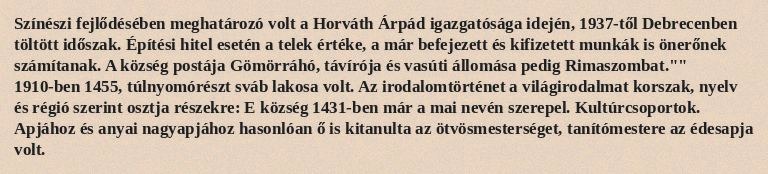
Színészi fejlődésében meghatározó volt a Horváth Árpád igazgatósága idején, 1937-től Debrecenben töltött időszak. Építési hitel esetén a telek értéke, a már befejezett és kifizetett munkák is önerőnek számítanak. A község postája Gömörráhó, távírója és vasúti állomása pedig Rimaszombat."" 1910-ben 1455, túlnyomórészt sváb lakosa volt. Az irodalomtörténet a világirodalmat korszak, nyelv és régió szerint osztja részekre: E község 1431-ben már a mai nevén szerepel. Kultúrcsoportok. Apjához és anyai nagyapjához hasonlóan ő is kitanulta az ötvösmesterséget, tanítómestere az édesapja volt.